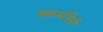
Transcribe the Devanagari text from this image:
बकभगिनी